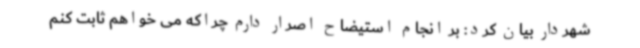
شهردار بیان کرد: بر انجام استیضاح اصرار دارم چراکه می خواهم ثابت کنم